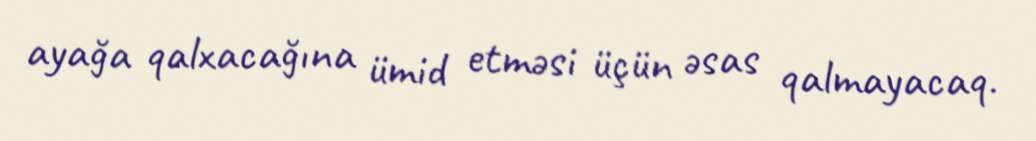
ayağa qalxacağına ümid etməsi üçün əsas qalmayacaq.